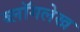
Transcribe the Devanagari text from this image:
ब्लॉगलेख